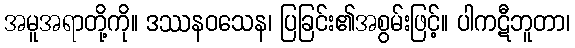
အမူအရာတို့ကို။ ဒဿနဝသေန၊ ပြခြင်း၏အစွမ်းဖြင့်။ ပါကဋီဘူတာ၊